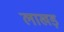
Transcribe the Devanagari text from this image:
लाखड़